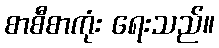
စာစီစာကုံး ရေးသည်။